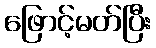
ဖြောင့်မတ်ပြီး